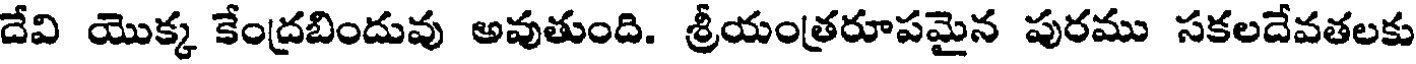
దేవి యొక్క కేంద్రబిందువు అవుతుంది. శ్రీయంత్రరూపమైన పురము సకలదేవతలకు